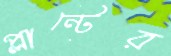
প্লান্টের